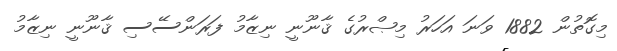
މިގޮތުން 1882 ވަނަ އަހަރު މިޞްރުގެ ޤާނޫނީ ނިޒާމު ފަރަންސޭސި ޤާނޫނީ ނިޒާމު